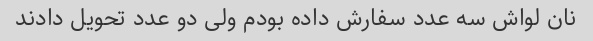
نان لواش سه عدد سفارش داده بودم ولی دو عدد تحویل دادند